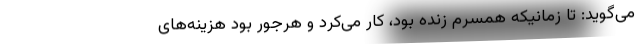
می‌گوید: تا زمانیکه همسرم زنده بود، کار می‌کرد و هرجور بود هزینه‌های